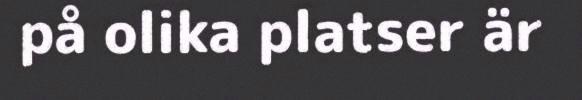
på olika platser är